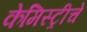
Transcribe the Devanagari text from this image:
केमिस्ट्रीचे